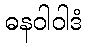
ဓနဝါဝါဒံ